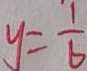
y = \frac { 1 } { 6 }